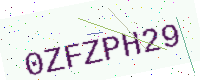
Text: 0ZFZPH29